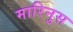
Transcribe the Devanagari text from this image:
मारिनुस